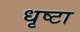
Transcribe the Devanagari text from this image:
धृष्टा